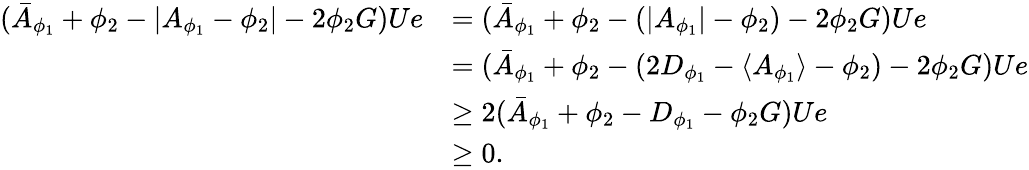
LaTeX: \begin{array}{rl}{(\bar{A}_{\phi_{1}}+\phi_{2}-\lvert A_{\phi_{1}}-\phi_{2}\rvert-2\phi_{2}G)Ue}&{=(\bar{A}_{\phi_{1}}+\phi_{2}-(\lvert A_{\phi_{1}}\rvert-\phi_{2})-2\phi_{2}G)Ue}\\ &{=(\bar{A}_{\phi_{1}}+\phi_{2}-(2D_{\phi_{1}}-\langle A_{\phi_{1}}\rangle-\phi_{2})-2\phi_{2}G)Ue}\\ &{\geq 2(\bar{A}_{\phi_{1}}+\phi_{2}-D_{\phi_{1}}-\phi_{2}G)Ue}\\ &{\geq 0.}\end{array}